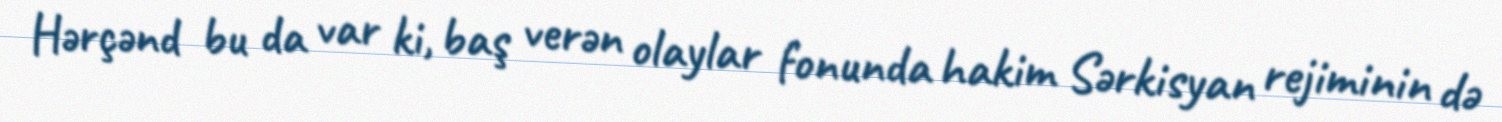
Hərçənd bu da var ki, baş verən olaylar fonunda hakim Sərkisyan rejiminin də